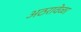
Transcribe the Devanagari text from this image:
अठरावेळा